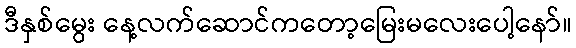
ဒီနှစ်မွေး နေ့လက်ဆောင်ကတော့မြေးမလေးပေါ့နော်။